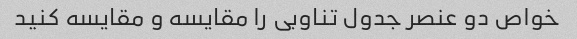
خواص دو عنصر جدول تناوبی را مقایسه و مقایسه کنید